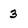
Character: 3